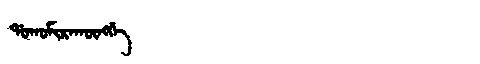
Manchu: ᡩᠣᡴᠣᠮᡳᡵᠠᡴᡡᠩᡤᡝ
Romanization: DOKOMIRAKŪNGGE